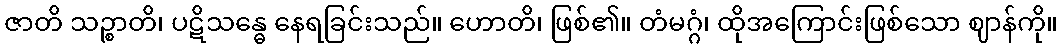
ဇာတိ သဉ္စာတိ၊ ပဋိသန္ဓေ နေရခြင်းသည်။ ဟောတိ၊ ဖြစ်၏။ တံမဂ္ဂံ၊ ထိုအကြောင်းဖြစ်သော ဈာန်ကို။